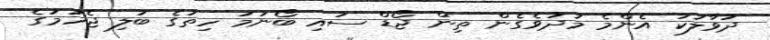
ދުވާލަކު އެންމެ މަދުވެގެން ތިން ޖޯޑް ސައި ބޯނަމަ ހިތުގެ ބަލި ޖެހުމުގެ